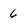
Character: 6